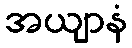
အယျာနံ